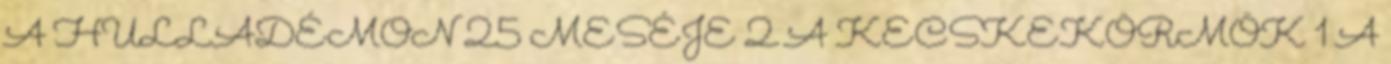
A HULLADÉMON 25 MESÉJE 2 A KECSKEKÖRMÖK 1 A